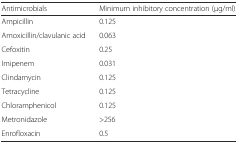
<table><thead><tr><td><b>Antimicrobials</b></td><td><b>Minimum inhibitory concentration (μg/ml)</b></td></tr></thead><tbody><tr><td>Ampicillin</td><td>0.125</td></tr><tr><td>Amoxicillin/clavulanic acid</td><td>0.063</td></tr><tr><td>Cefoxitin</td><td>0.25</td></tr><tr><td>Imipenem</td><td>0.031</td></tr><tr><td>Clindamycin</td><td>0.125</td></tr><tr><td>Tetracycline</td><td>0.125</td></tr><tr><td>Chloramphenicol</td><td>0.125</td></tr><tr><td>Metronidazole</td><td>&gt;256</td></tr><tr><td>Enrofloxacin</td><td>0.5</td></tr></tbody></table>